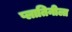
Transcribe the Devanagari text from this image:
प्लातिनीला